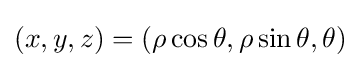
(x,y,z)=(\rho \cos \theta ,\rho \sin \theta ,\theta )